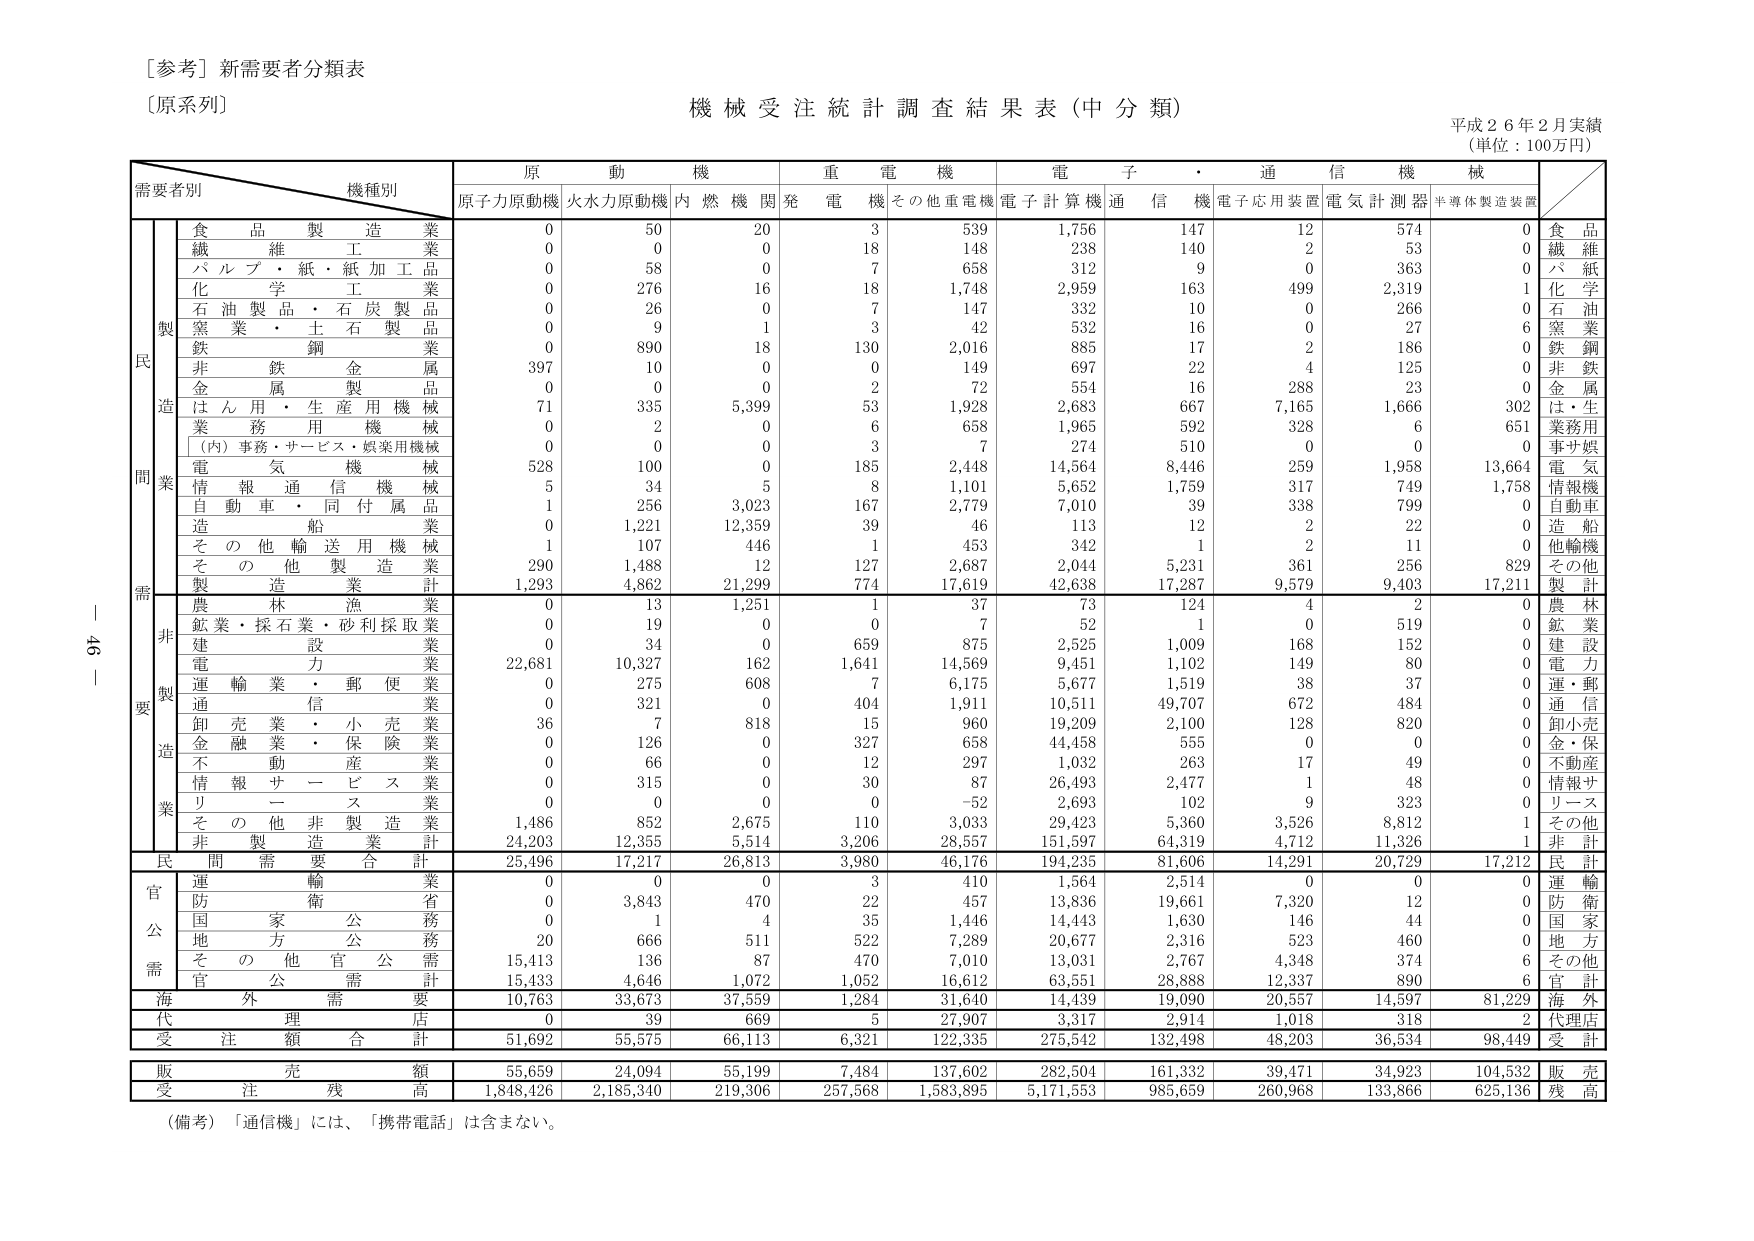
[参考] 新需要者分類表
〔原系列〕

機械受注統計調査結果表（中分類）
平成26年2月実績
（単位：100万円）

需要者別　機種別
　　　　　　原　動　機　　重　電　機　　電　子　・　通　信　機　械
　　　　　　原子力原動機　火水力原動機　内燃機関　発電機　その他重電機　電子計算機　通信機　電子応用装置　電気計測器　半導体製造装置

　　　　　　食　品　製　造　業　　　　　　0　　　50　　　20　　　3　　　539　　　1,756　　　147　　　12　　　574　　　0　　　食　品
　　　　　　繊　維　工　業　　　　　　　　0　　　0　　　0　　　18　　　148　　　238　　　140　　　2　　　53　　　0　　　繊　維
　　　　　　パ　ル　プ　・　紙　・　紙　加　工　品　　　0　　　58　　　0　　　7　　　658　　　312　　　9　　　0　　　363　　　0　　　パ　紙
　　　　　　化　学　工　業　　　　　　　　0　　　276　　　16　　　18　　　1,748　　　2,959　　　163　　　499　　　2,319　　　1　　　化　学
　　　　　　石　油　製　品　・　石　炭　製　品　　　0　　　26　　　0　　　7　　　147　　　332　　　10　　　0　　　266　　　0　　　石　油
　　　　　　窯　業　・　土　石　製　品　　　0　　　9　　　1　　　3　　　42　　　532　　　16　　　0　　　27　　　6　　　窯　業
　　　　　　鉄　鋼　　　　　　　　　　　　0　　　890　　　18　　　130　　　2,016　　　885　　　17　　　2　　　186　　　0　　　鉄　鋼
　　　　　　非　鉄　金　属　　　　　　　　397　　　10　　　0　　　0　　　149　　　697　　　22　　　4　　　125　　　0　　　非　鉄
　　　　　　金　属　製　品　　　　　　　　0　　　0　　　0　　　2　　　72　　　554　　　16　　　288　　　23　　　0　　　金　属
　　　　　　は　ん　用　・　生　産　用　機　械　　　71　　　335　　　5,399　　　53　　　1,928　　　2,683　　　667　　　7,165　　　1,666　　　302　　　は・生
　　　　　　業　務　用　機　械　　　　　　0　　　2　　　0　　　6　　　658　　　1,965　　　592　　　328　　　6　　　651　　　業務用
　　　　　　（内）事務・サービス・娯楽用機械　　　0　　　0　　　0　　　3　　　7　　　274　　　510　　　0　　　0　　　0　　　事サ娯
　　　　　　電　気　機　械　　　　　　　　528　　　100　　　0　　　185　　　2,448　　　14,564　　　8,446　　　259　　　1,958　　　13,664　　　電　気
　　　　　　情　報　通　信　機　械　　　　5　　　34　　　5　　　8　　　1,101　　　5,652　　　1,759　　　317　　　749　　　1,758　　　情報機
　　　　　　自　動　車　・　同　付　属　品　　　1　　　256　　　3,023　　　167　　　2,779　　　7,010　　　39　　　338　　　799　　　0　　　自動車
　　　　　　造　船　　　　　　　　　　　　0　　　1,221　　　12,359　　　39　　　46　　　113　　　12　　　2　　　22　　　0　　　造　船
　　　　　　そ　の　他　輸　送　用　機　械　　　1　　　107　　　446　　　1　　　453　　　342　　　1　　　2　　　11　　　0　　　他輸機
　　　　　　そ　の　他　製　造　業　　　　290　　　1,488　　　12　　　127　　　2,687　　　2,044　　　5,231　　　361　　　256　　　829　　　その他
　　　　　　製　造　業　計　　　　　　　　1,293　　　4,862　　　21,299　　　774　　　17,619　　　42,638　　　17,287　　　9,579　　　9,403　　　17,211　　　製　計
　　　　　　農　林　漁　業　　　　　　　　0　　　13　　　1,251　　　1　　　37　　　73　　　124　　　4　　　2　　　0　　　農　林
　　　　　　鉱　業　・　採　石　業　・　砂　利　採　取　業　　　0　　　19　　　0　　　0　　　7　　　52　　　1　　　0　　　519　　　0　　　鉱　業
　　　　　　建　設　業　　　　　　　　　　0　　　34　　　0　　　659　　　875　　　2,525　　　1,009　　　168　　　152　　　0　　　建　設
　　　　　　電　力　　　　　　　　　　　　22,681　　　10,327　　　162　　　1,641　　　14,569　　　9,451　　　1,102　　　149　　　80　　　0　　　電　力
　　　　　　運　輸　業　・　郵　便　業　　　0　　　275　　　608　　　7　　　6,175　　　5,677　　　1,519　　　38　　　37　　　0　　　運・郵
　　　　　　通　信　　　　　　　　　　　　0　　　321　　　0　　　404　　　1,911　　　10,511　　　49,707　　　672　　　484　　　0　　　通　信
　　　　　　卸　売　業　・　小　売　業　　　36　　　7　　　818　　　15　　　960　　　19,209　　　2,100　　　128　　　820　　　0　　　卸小売
　　　　　　金　融　業　・　保　険　業　　　0　　　126　　　0　　　327　　　658　　　44,458　　　555　　　0　　　0　　　0　　　金・保
　　　　　　不　動　産　　　　　　　　　　0　　　66　　　0　　　12　　　297　　　1,032　　　263　　　17　　　49　　　0　　　不動産
　　　　　　情　報　サ　ー　ビ　ス　業　　　0　　　315　　　0　　　30　　　87　　　26,493　　　2,477　　　1　　　48　　　0　　　情報サ
　　　　　　リ　ー　ス　　　　　　　　　　0　　　0　　　0　　　0　　　-52　　　2,693　　　102　　　9　　　323　　　0　　　リース
　　　　　　そ　の　他　非　製　造　業　　　1,486　　　852　　　2,675　　　110　　　3,033　　　29,423　　　5,360　　　3,526　　　8,812　　　1　　　その他
　　　　　　非　製　造　業　計　　　　　　24,203　　　12,355　　　5,514　　　3,206　　　28,557　　　151,597　　　64,319　　　4,712　　　11,326　　　1　　　非　計
　　　　　　民　間　需　要　合　計　　　　25,496　　　17,217　　　26,813　　　3,980　　　46,176　　　194,235　　　81,606　　　14,291　　　20,729　　　17,212　　　民　計
　　　　　　運　輸　業　　　　　　　　　　0　　　0　　　0　　　3　　　410　　　1,564　　　2,514　　　0　　　0　　　0　　　運　輸
　　　　　　防　衛　省　　　　　　　　　　0　　　3,843　　　470　　　22　　　457　　　13,836　　　19,661　　　7,320　　　12　　　0　　　防　衛
　　　　　　国　家　公　務　　　　　　　　0　　　1　　　4　　　35　　　1,446　　　14,443　　　1,630　　　146　　　44　　　0　　　国　家
　　　　　　地　方　公　務　　　　　　　　20　　　666　　　511　　　522　　　7,289　　　20,677　　　2,316　　　523　　　460　　　0　　　地　方
　　　　　　そ　の　他　官　公　需　　　　15,413　　　136　　　87　　　470　　　7,010　　　13,031　　　2,767　　　4,348　　　374　　　6　　　その他
　　　　　　官　公　需　計　　　　　　　　15,433　　　4,646　　　1,072　　　1,052　　　16,612　　　63,551　　　28,888　　　12,337　　　890　　　6　　　官　計
　　　　　　海　外　需　要　　　　　　　　10,763　　　33,673　　　37,559　　　1,284　　　31,640　　　14,439　　　19,090　　　20,557　　　14,597　　　81,229　　　海　外
　　　　　　代　理　店　　　　　　　　　　0　　　39　　　669　　　5　　　27,907　　　3,317　　　2,914　　　1,018　　　318　　　2　　　代理店
　　　　　　受　注　額　合　計　　　　　　51,692　　　55,575　　　66,113　　　6,321　　　122,335　　　275,542　　　132,498　　　48,203　　　36,534　　　98,449　　　受　計
　　　　　　販　売　額　　　　　　　　　　55,659　　　24,094　　　55,199　　　7,484　　　137,602　　　282,504　　　161,332　　　39,471　　　34,923　　　104,532　　　販　売
　　　　　　受　注　残　高　　　　　　　　1,848,426　　　2,185,340　　　219,306　　　257,568　　　1,583,895　　　5,171,553　　　985,659　　　260,968　　　133,866　　　625,136　　　残　高

（備考）「通信機」には、「携帯電話」は含まない。

46 -